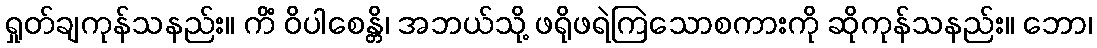
ရှုတ်ချကုန်သနည်း။ ကိံ ဝိပါစေန္တိ၊ အဘယ်သို့ ဖရိုဖရဲကြဲသောစကားကို ဆိုကုန်သနည်း။ ဘော၊